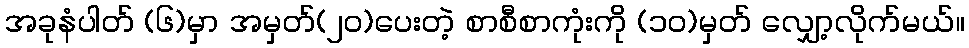
အခုနံပါတ် (၆)မှာ အမှတ်(၂၀)ပေးတဲ့ စာစီစာကုံးကို (၁၀)မှတ် လျှော့လိုက်မယ်။